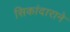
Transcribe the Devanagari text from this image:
सिकांदाराने